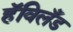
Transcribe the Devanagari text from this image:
हॅविलँड